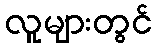
လူများတွင်